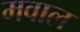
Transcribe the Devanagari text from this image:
मवाल